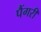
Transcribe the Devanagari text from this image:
पैंगरी